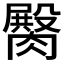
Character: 臋